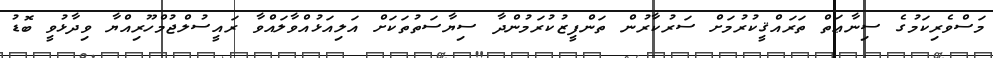
މަސްވެރިކަމުގެ ސިނާޢަތް ތަރައްޤީކުރުމަށް ސަރުކާރުން ތަންފީޒުކުރަމުންދާ ސިޔާސަތުތަކަށް އަލިއަޅުއްވާލައްވާ ރައީސުލްޖުމްހޫރިއްޔާ ވިދާޅުވީ ބޮޑު